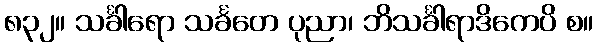
၈၃၂။ သင်္ခါရော သင်္ခတေ ပုညာ၊ ဘိသင်္ခါရာဒိကေပိ စ။